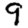
Digit: 9